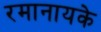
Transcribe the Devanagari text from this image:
रमानायके